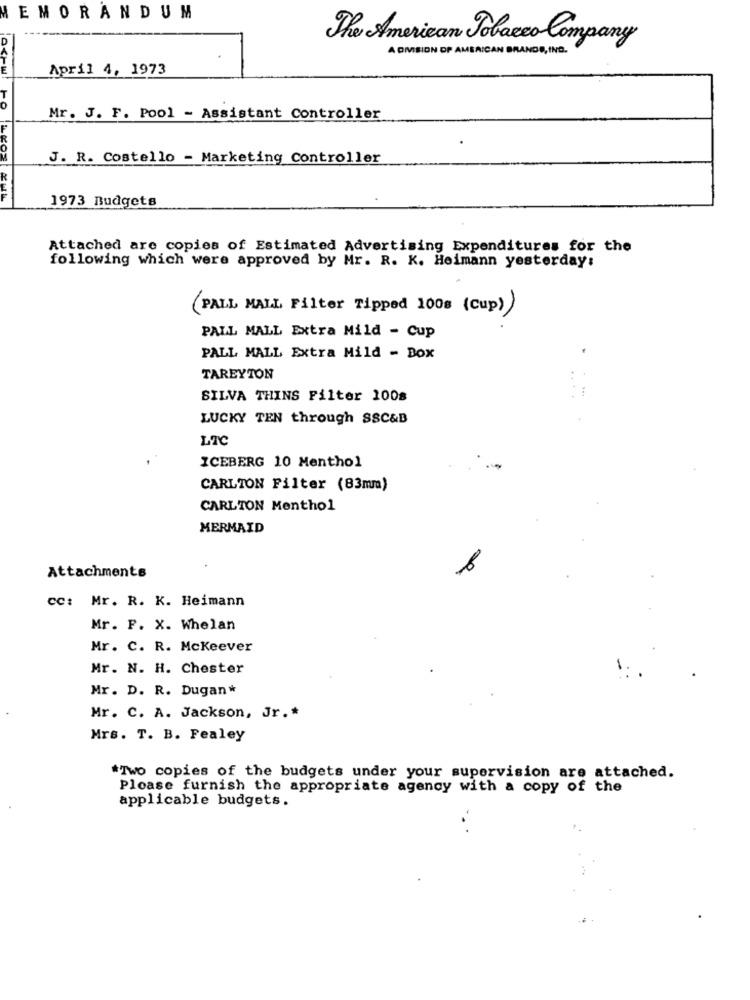
MEMORANDUM
D
The American Tobacco Company
A DIVISION OF AMERICAN BRANDS, ING.
April 4, 1973
Mr. J. F. Pool - Assistant Controller
J. R. Costello - Marketing Controller
1973 Budgets
Attached are copies of Estimated Advertising Expenditures for the
following which were approved by Mr. R. K. Heimann yesterday:
(PALL MALL Filter Tipped 100s (Cup))
PALL MALL Extra Mild - Cup
PALL MALL Extra Mild - Box
TAREYTON
SILVA THINS Filter 100s
LUCKY TEN through SSC&B
LTC
ICEBERG 10 Menthol
CARLTON Filter (83mm)
CARLTON Menthol
MERMAID
Attachments
cc: Mr. R. K. Heimann
Mr. F. X. Whelan
Mr. C. R. Mckeever
Mr. N. H. Chester
Mr. D. R. Dugan*
Mr. C. A. Jackson, Jr .*
Mrs. T. B. Fealey
*Two copies of the budgets under your supervision are attached.
Please furnish the appropriate agency with a copy of the
applicable budgets.